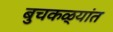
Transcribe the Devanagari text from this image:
बुचकळ्यांत